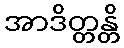
အာဒိတ္တန္တိ